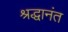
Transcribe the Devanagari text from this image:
श्रद्धानंत